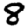
Digit: 8